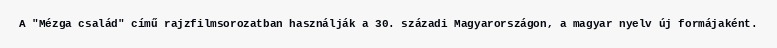
A "Mézga család" című rajzfilmsorozatban használják a 30. századi Magyarországon, a magyar nyelv új formájaként.